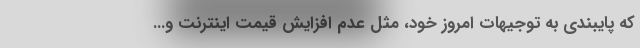
که پایبندی به توجیهات امروز خود، مثل عدم افزایش قیمت اینترنت و...